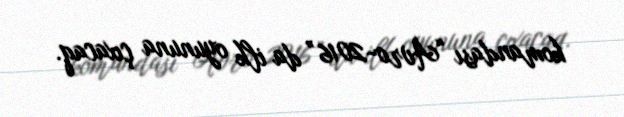
komandası “Avro-2016” da ilk oyununa çıxacaq.